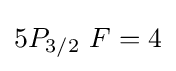
5P_{3/2}\ F=4